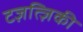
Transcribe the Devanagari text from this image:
टज़त्ज़िकी